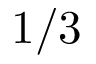
1 / 3